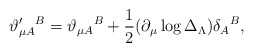
\begin{align*}\vartheta _{\mu A}^{\prime }{}^{B}=\vartheta _{\mu A}{}^{B}+\frac{1}{2}(\partial _{\mu }\log \Delta _{{\small \Lambda }})\delta _{A}{}^{B},\end{align*}